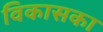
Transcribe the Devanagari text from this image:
विकासका